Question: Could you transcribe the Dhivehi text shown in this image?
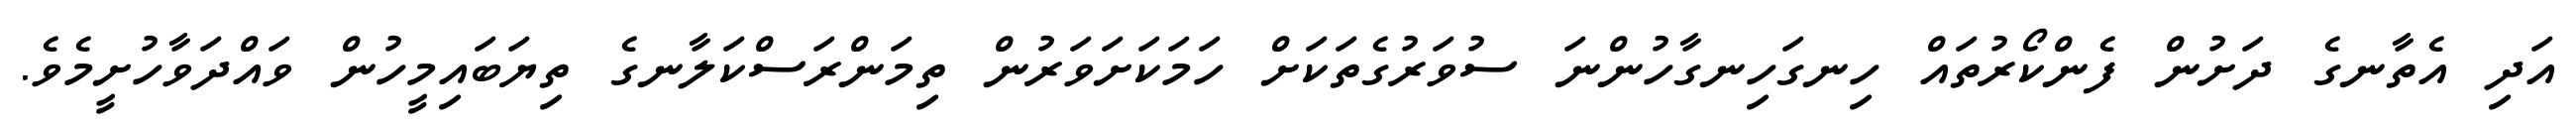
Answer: އަދި އެތާނގެ ދަށުން ފެންކޯރުތައް ހިނގަހިނގާހުންނަ ސުވަރުގެތަކަށް ހަމަކަށަވަރުން ތިމަންރަސްކަލާނގެ ތިޔަބައިމީހުން ވައްދަވާހުށީމެވެ.